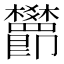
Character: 𬅖